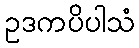
ဥဒကပိပါသံ